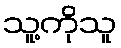
သူ့ကိုသူ